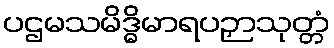
ပဌမသမိဒ္ဓိမာရပဉှာသုတ္တံ